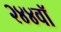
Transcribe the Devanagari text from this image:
२४४वॉ